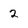
Character: 2